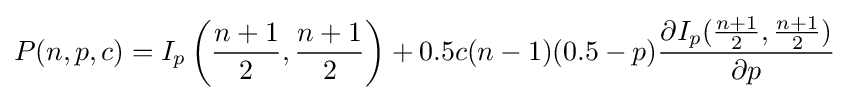
P(n,p,c)=I_{p}\left({\frac {n+1}{2}},{\frac {n+1}{2}}\right)+0.5c(n-1)(0.5-p){\frac {\partial I_{p}({\frac {n+1}{2}},{\frac {n+1}{2}})}{\partial p}}